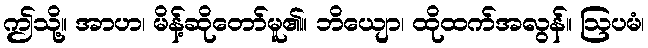
ဤသို့။ အာဟ၊ မိန့်ဆိုတော်မူ၏။ ဘိယျော၊ ထိုထက်အလွန်။ ဩပမံ၊